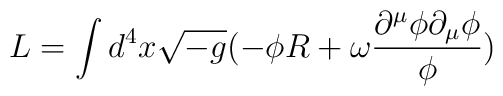
L=\int{d^{4}x\sqrt{-g}(-{\phi}R+{\omega}\frac{{\partial}^{\mu}{\phi}{\partial}_{\mu}{\phi}}{\phi})}